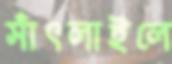
সাঁৎলাইলে